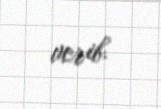
verib.